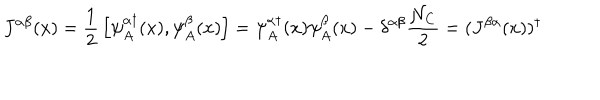
J ^ { \alpha \beta } ( x ) = { \frac { 1 } { 2 } } \left[ \psi _ { A } ^ { \alpha \dagger } ( x ) , \psi _ { A } ^ { \beta } ( x ) \right] = \psi _ { A } ^ { \alpha \dagger } ( x ) \psi _ { A } ^ { \beta } ( x ) - \delta ^ { \alpha \beta } { \frac { { \cal N } _ { C } } { 2 } } = ( J ^ { \beta \alpha } ( x ) ) ^ { \dagger }